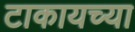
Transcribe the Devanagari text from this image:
टाकायच्या